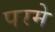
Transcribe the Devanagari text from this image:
परमे